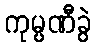
ကုမ္ပဏီခွဲ